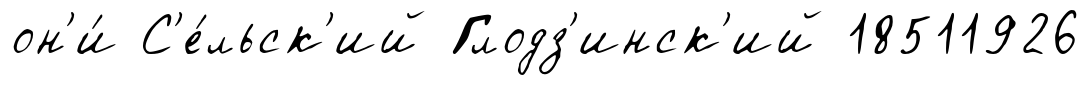
он'и́ С'е́льск'ий Глодз'инск'ий 18511926